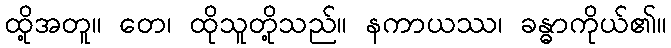
ထို့အတူ။ တေ၊ ထိုသူတို့သည်။ နကာယဿ၊ ခန္ဓာကိုယ်၏။